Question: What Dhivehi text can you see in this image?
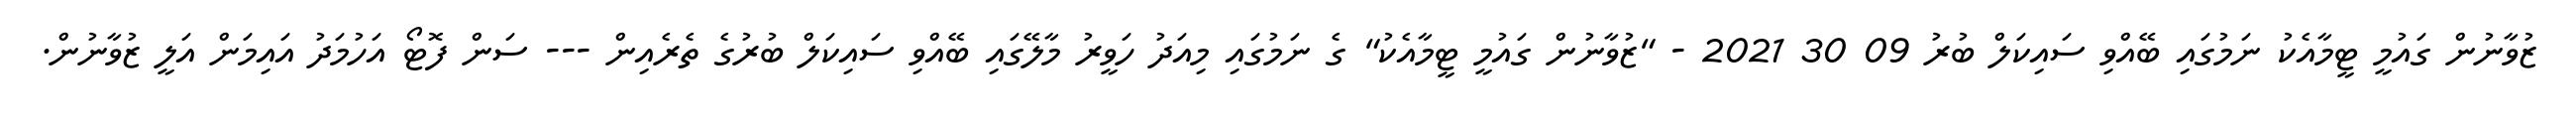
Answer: ޒުވާނުން ގައުމީ ޓީމާއެކު ނަމުގައި ބޭއްވި ސައިކަލް ބުރު 09 30 2021 - "ޒުވާނުން ގައުމީ ޓީމާއެކު" ގެ ނަމުގައި މިއަދު ހަވީރު މާލޭގައި ބޭއްވި ސައިކަލް ބުރުގެ ތެރެއިން --- ސަން ފޮޓޯ އަހުމަދު އައިމަން އަލީ ޒުވާނުން.